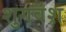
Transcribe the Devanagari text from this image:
शुगवंश